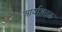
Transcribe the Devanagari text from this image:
आर्याशतक